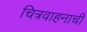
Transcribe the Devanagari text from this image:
चित्रवाहनाची